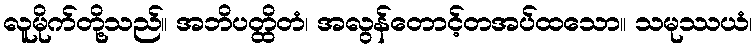
လူမိုက်တို့သည်။ အဘိပတ္ထိတံ၊ အလွန်တောင့်တအပ်ထသော။ သမုဿယံ၊